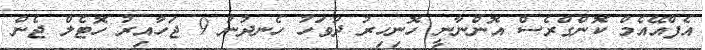
އެފްއޭއެމް ކޮންގްރެސް އޮންނާނީ ހޮނިހިރު ދުވަހު ހެނދުނު 9 ޖަހާއިރު ހޮޓެލް ޖެން